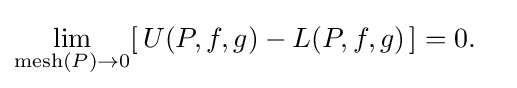
\lim _{\operatorname {mesh} (P)\to 0}[\,U(P,f,g)-L(P,f,g)\,]=0.\quad